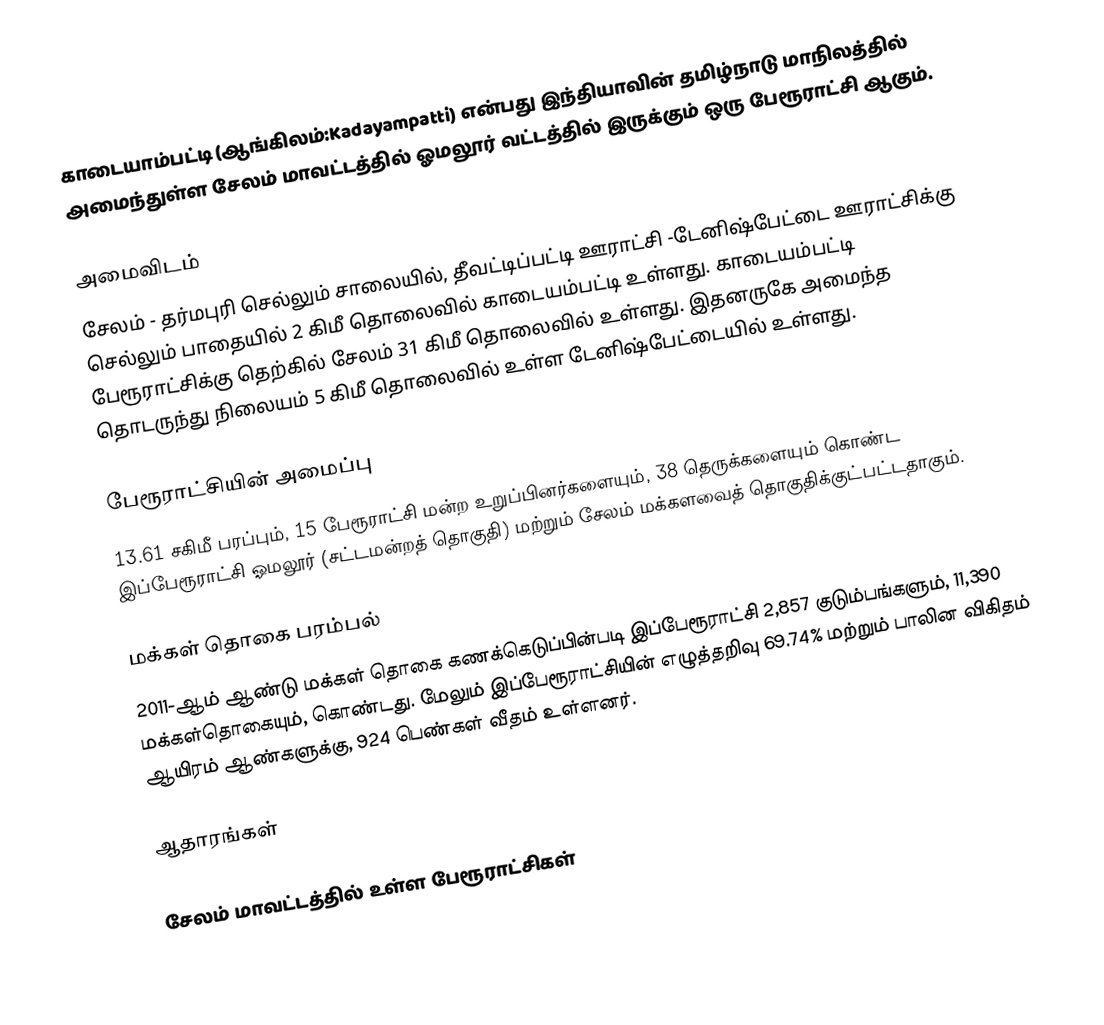
காடையாம்பட்டி (ஆங்கிலம்:Kadayampatti) என்பது இந்தியாவின் தமிழ்நாடு மாநிலத்தில் அமைந்துள்ள சேலம் மாவட்டத்தில் ஓமலூர் வட்டத்தில் இருக்கும் ஒரு பேரூராட்சி ஆகும்.

அமைவிடம்
சேலம் -  தர்மபுரி செல்லும் சாலையில், தீவட்டிப்பட்டி ஊராட்சி -டேனிஷ்பேட்டை ஊராட்சிக்கு செல்லும்  பாதையில் 2 கிமீ தொலைவில்  காடையம்பட்டி உள்ளது. காடையம்பட்டி பேரூராட்சிக்கு தெற்கில் சேலம் 31 கிமீ தொலைவில் உள்ளது. இதனருகே அமைந்த தொடருந்து நிலையம் 5 கிமீ தொலைவில் உள்ள டேனிஷ்பேட்டையில் உள்ளது.

பேரூராட்சியின் அமைப்பு
13.61 சகிமீ பரப்பும், 15  பேரூராட்சி மன்ற உறுப்பினர்களையும், 38 தெருக்களையும்  கொண்ட இப்பேரூராட்சி ஓமலூர் (சட்டமன்றத் தொகுதி) மற்றும் சேலம் மக்களவைத் தொகுதிக்குட்பட்டதாகும்.

மக்கள் தொகை பரம்பல்
2011-ஆம் ஆண்டு மக்கள் தொகை கணக்கெடுப்பின்படி  இப்பேரூராட்சி  2,857 குடும்பங்களும், 11,390 மக்கள்தொகையும், கொண்டது. மேலும் இப்பேரூராட்சியின் எழுத்தறிவு    69.74%  மற்றும்  பாலின விகிதம் ஆயிரம் ஆண்களுக்கு, 924 பெண்கள் வீதம் உள்ளனர்.

ஆதாரங்கள்

சேலம் மாவட்டத்தில் உள்ள பேரூராட்சிகள்